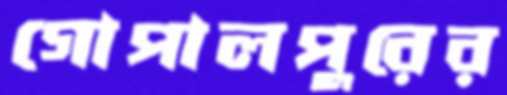
গোপালপুরের